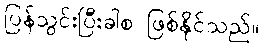
ပြန်သွင်းပြီးခါစ ဖြစ်နိုင်သည်။